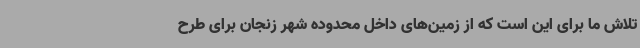
تلاش ما برای این است که از زمین‌های داخل محدوده شهر زنجان برای طرح